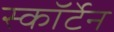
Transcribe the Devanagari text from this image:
स्कॉर्टेन